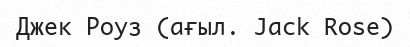
Джек Роуз (ағыл. Jack Rose)